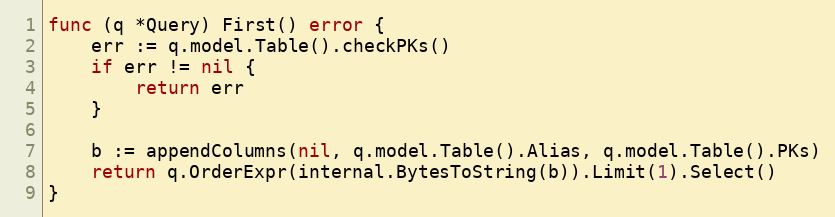
Language: Go
func (q *Query) First() error {
	err := q.model.Table().checkPKs()
	if err != nil {
		return err
	}

	b := appendColumns(nil, q.model.Table().Alias, q.model.Table().PKs)
	return q.OrderExpr(internal.BytesToString(b)).Limit(1).Select()
}